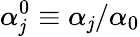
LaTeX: \alpha_{\mathit{j}}^{0}\equiv\alpha_{\mathit{j}}/{\alpha_{0}}